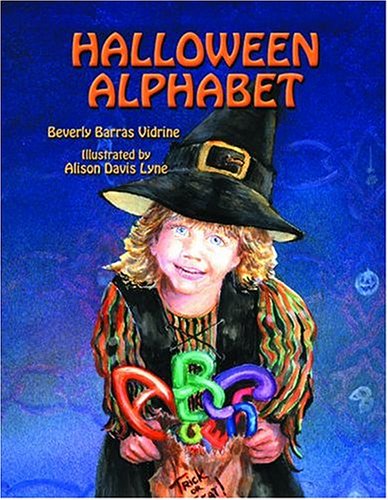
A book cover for Halloween Alphabet (Paperback); Beverly Vidrine; Politics & Social Sciences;